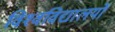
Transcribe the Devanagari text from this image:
विश्‍वविद्यालयों